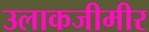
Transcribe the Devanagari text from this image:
उलाकजीमीर